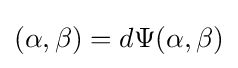
(\alpha ,\beta )=d\Psi (\alpha ,\beta )